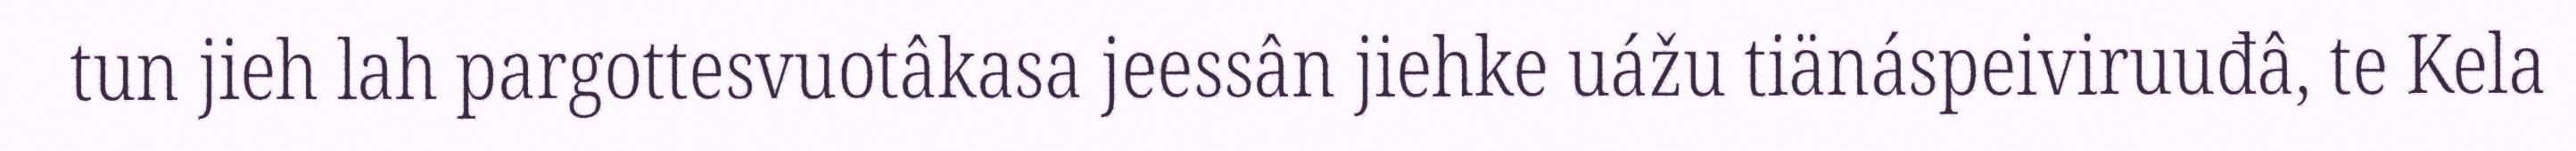
tun jieh lah pargottesvuotâkasa jeessân jiehke uážu tiänáspeiviruuđâ, te Kela